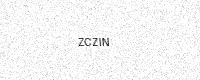
Text: ZCZIN